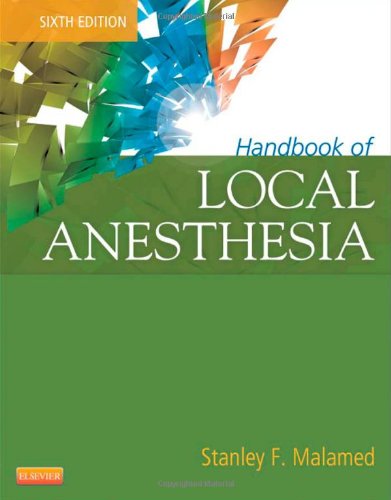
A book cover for Handbook of Local Anesthesia, 6e; Stanley F. Malamed DDS; Medical Books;